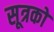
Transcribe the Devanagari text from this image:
सूत्रकों